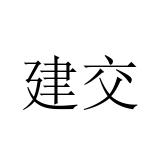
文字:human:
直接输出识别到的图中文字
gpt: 建交